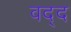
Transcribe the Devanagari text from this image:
वद्द